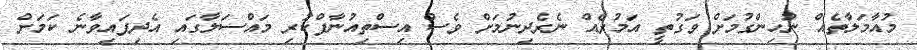
މުއާމަލާތެއް ނުހިންގުމަށް ވަގުތީ އަމުރެއް ނެރެދިނުމަށް ވެސް އިސްތިއުނާފްކުރި މައްސަލާގައި އެދިފައިވާނެ ކަމަށް